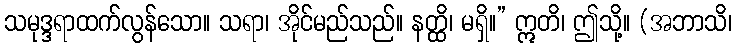
သမုဒ္ဒရာထက်လွန်သော။ သရာ၊ အိုင်မည်သည်။ နတ္ထိ၊ မရှိ။” ဣတိ၊ ဤသို့။ (အဘာသိ၊